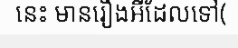
នេះ មានរឿងអីដែលទៅ(